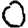
Digit: 0